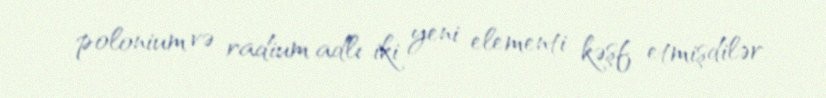
polonium və radium adlı iki yeni elementi kəşf etmişdilər.